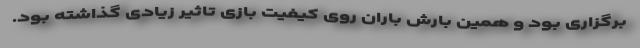
برگزاری بود و همین بارش باران روی کیفیت بازی تاثیر زیادی گذاشته بود.